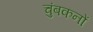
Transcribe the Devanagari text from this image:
चुंबकनों